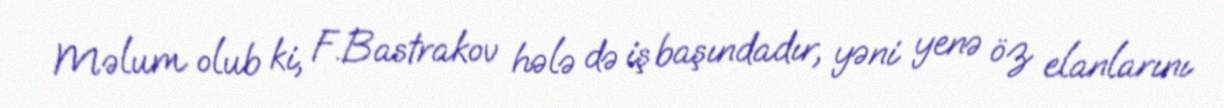
Məlum olub ki, F.Bastrakov hələ də iş başındadır, yəni yenə öz elanlarını